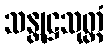
သန္တုဋ္ဌသုတ္တံ